画像に写った文字を読んでください
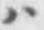
「ハ」と書いてあります